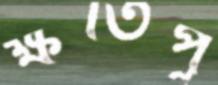
ক্ষতিপূ